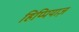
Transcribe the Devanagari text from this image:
हिप्पियाज़